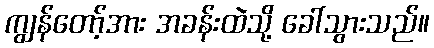
ကျွန်တော့်အား အခန်းထဲသို့ ခေါ်သွားသည်။